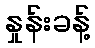
နှုန်းခန့်